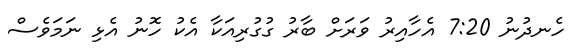
ހެނދުނު 7:20 އެހާއިރު ވަރަށް ބާރު ގުގުރިއަކާ އެކު ހޮނު އެޅި ނަމަވެސް